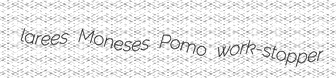
larees Moneses Pomo work-stopper